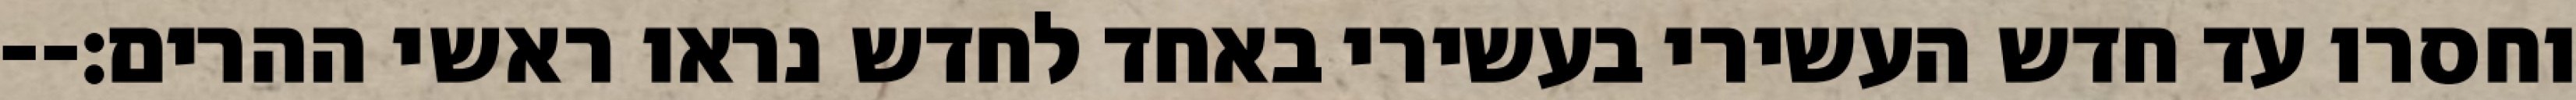
וחסרו עד חדש העשירי בעשירי באחד לחדש נראו ראשי ההרים׃--